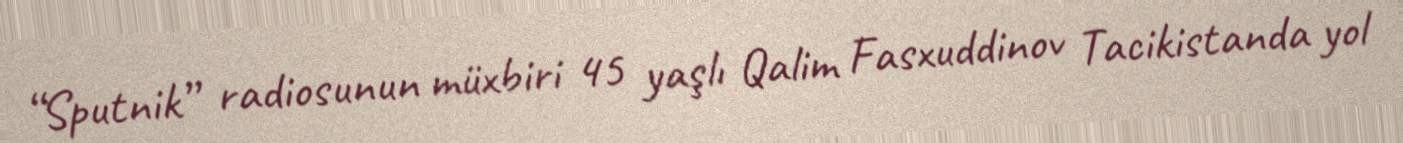
“Sputnik” radiosunun müxbiri 45 yaşlı Qalim Fasxuddinov Tacikistanda yol